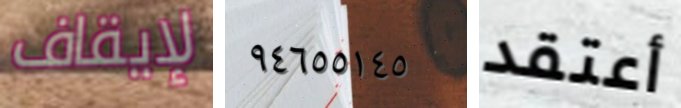
لإيقاف ٩٤٦٥٥١٤٥ أعتقد